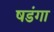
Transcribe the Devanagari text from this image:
षडंगा